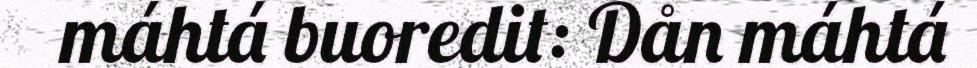
máhtá buoredit: Dån máhtá